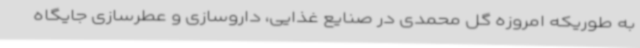
به طوریکه امروزه گل محمدی در صنایع غذایی، داروسازی و عطرسازی جایگاه